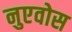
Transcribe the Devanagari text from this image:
नुएवोस